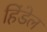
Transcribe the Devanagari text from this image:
हिंडेल